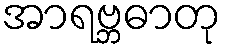
အာရဗ္ဘဓာတု